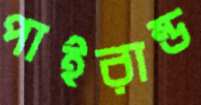
পাইরান্ড